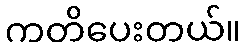
ကတိပေးတယ်။